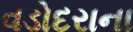
વડોદરાના